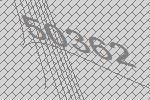
50362